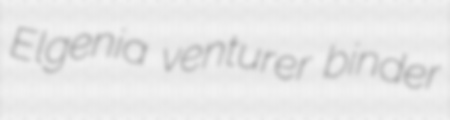
Elgenia venturer binder